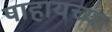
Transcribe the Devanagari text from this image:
पाहायच्या